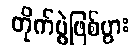
တိုက်ပွဲဖြစ်ပွား